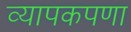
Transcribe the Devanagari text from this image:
व्यापकपणा